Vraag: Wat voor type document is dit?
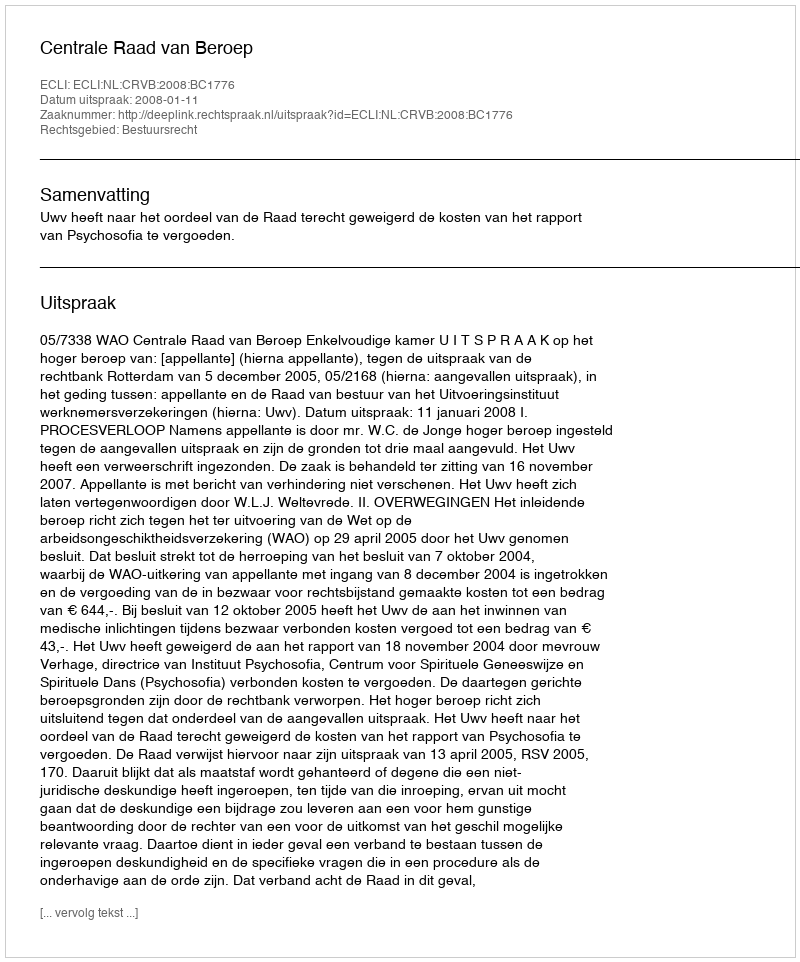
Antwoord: Uitspraak